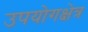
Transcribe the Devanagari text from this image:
उपयोगक्षेत्र